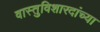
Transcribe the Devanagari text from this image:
वास्तुविशारदांच्या